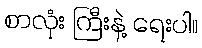
စာလုံး ကြီးနဲ့ ရေးပါ။